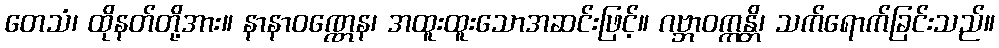
တေသံ၊ ထိုနတ်တို့အား။ နာနာဝဏ္ဏေန၊ အထူးထူးသောအဆင်းဖြင့်။ ဂဗ္ဘာဝက္ကန္တိ၊ သက်ရောက်ခြင်းသည်။